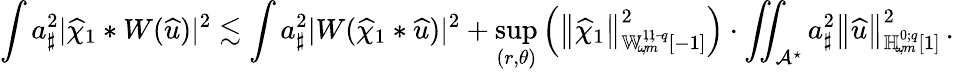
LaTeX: \int a_{\sharp}^{2}|\widehat{\chi}_{1}*W({\widehat{u}})|^{2}\lesssim\int a_{\sharp}^{2}|W(\widehat{\chi}_{1}*{\widehat{u}})|^{2}+\operatorname*{sup}_{(r,\theta)}\left(\left\lVert\widehat{\chi}_{1}\right\rVert_{{\mathbb{W}_{\! \omega\! ,m}^{1\! ,1\! ;{-\! q}}}[-1]}^{2}\right)\cdot\iint_{\mathcal{A}^{\star}}a_{\sharp}^{2}\left\lVert{\widehat{u}}\right\rVert_{{\mathbb{H}_{\! \omega\! ,m}^{0;{q}}}[1]}^{2}\, .